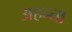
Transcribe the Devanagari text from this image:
अहन्ता